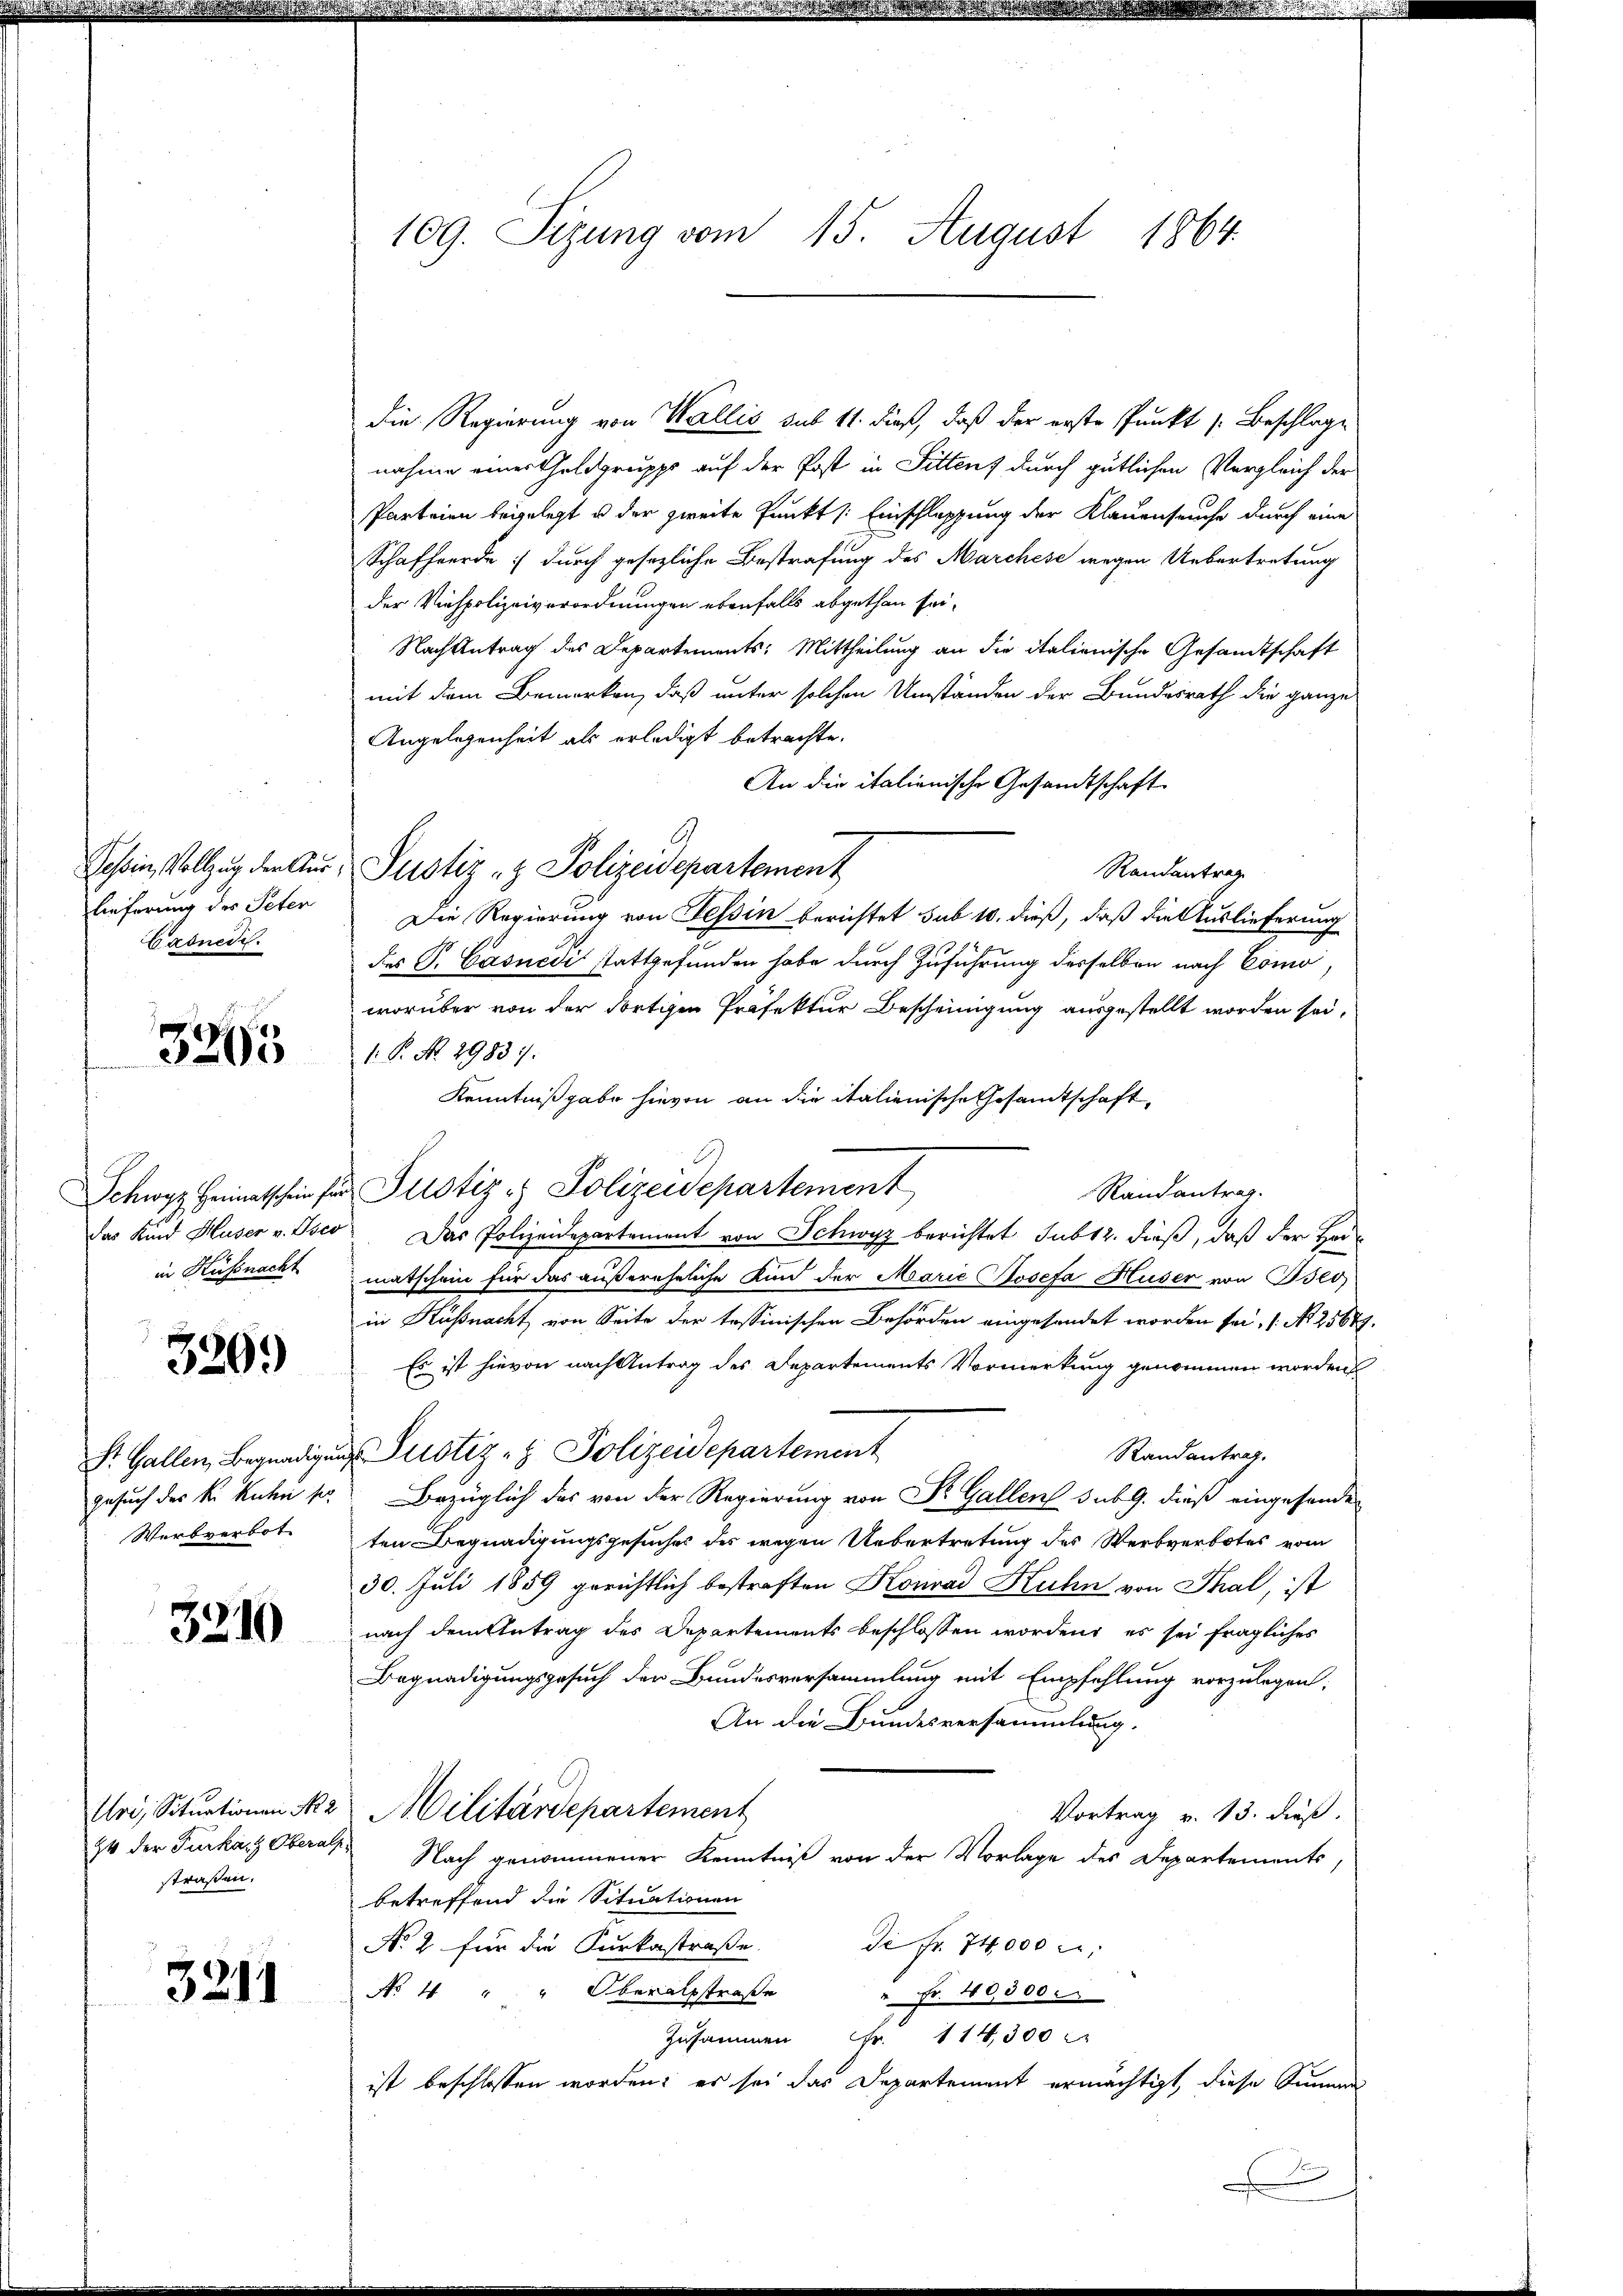
Tessin, Vollzug den Aus
lieferung des Peter
Cadnedi

3265

Schwyz Heimatschein für
das Kind Huser v. Osco
in Küssnacht

320.

St. Gallen, Begnadige
gesuch der K. Ruchen so
Werbverbot

3210

Urd, Situationen No 2
24 der Furkart Oberal
straßen.

3211

109. Sizung vom 15. August 1864.

die Regierung von Wallis sub 11. dieß, daß der erste Punkt s. Beschlage
nahme einer Thaldgruppe auf der Post in Sittens durch gütlichen Vergleich der
Parteien beigelegt u der zweite Punkt /: Einschleppung der Klauenseuche durch eine
Schafherde; durch gesezliche Bestrafung des Marchese wegen Uebertretung
der Viehpolizeiverordnungen ebenfalls abgethan sei¬
Nach Antrag des Departements: Mittheilung an die italienische Gesandtschaft
mit dem Bemerken, daß unter solchen Umständen der Bundesrath die ganze
Angelegenheit als erledigt betrachte.
An die italienische Gesandtschaft
6
Justiz- & Polizeidepartement
Randantrag
Die Regierung von Tessin berichtet sub 10. dieß, daß die Auslieferung
des P. Casuedi stattgefunden habe durch Zuführung desselben nach Como,
worüber von der dortigen Präfektur Bescheinigung ausgestellt worden sei,
1. P. No. 29837.
Kenntnißgabe hievon an die italienische Gesandtschaft,
Justiz - Polizeidepartement
Randantrag.
Das Polizeidepartement von Schwyz berichtet sub 12. dieß, daß der Hermatschein für das außereheliche Kind der Marie Josefa Huser von Beo
in Küßnacht von Seite der tessinischen Behörden eingesandet worden sei. (: No 25689
Es ist hievon nach Antrag des Departements Vormerkung genommen worden
d Justiz- & Polizeidepartement
Randantrag.
Bezüglich das von der Regierung von Dr. Gallen sub 9. dieß eingesanden
ten Begnadigungsgesuches des wegen Uebertretung des Werbverbotes vom
30. Juli 1859 gerichtlich bestraften Konrad Kuhn von Thal, ist
nach dem Antrag des Departements beschlossen worden, es sei fragliches
Begnadigungsgesuch der Bundesversammlung mit Empfehlung vorzulegen;
An die Bundesversammlung.
Militärdepartement
Vortrag v. 13. dieß.
 Nach genommener Kenntniß von der Vorlage des Departements,
betreffend die Situationen
Si Nr. 74000 M.
No 2 für die Furkastraße.
No 4 " " Oberalsstraße
" Fr. 40,000.
Zusammen Fr. 114300
ist beschlossen worden; es sei das Departement ermächtigt, diese Summer
.